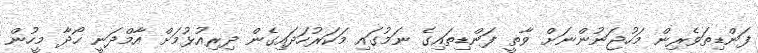
ފަންޑިތަވެރިން މަހުޖަނުންނަށް ވާތީ ފަންޑިތައިގެ ނަމުގައި މަކަރުހަދައިގެން ދިރިއުޅުމަށް އާމްދަނީ ހޯދާ މީހުން